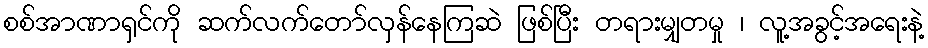
စစ်အာဏာရှင်ကို ဆက်လက်တော်လှန်နေကြဆဲ ဖြစ်ပြီး တရားမျှတမှု ၊ လူ့အခွင့်အရေးနဲ့